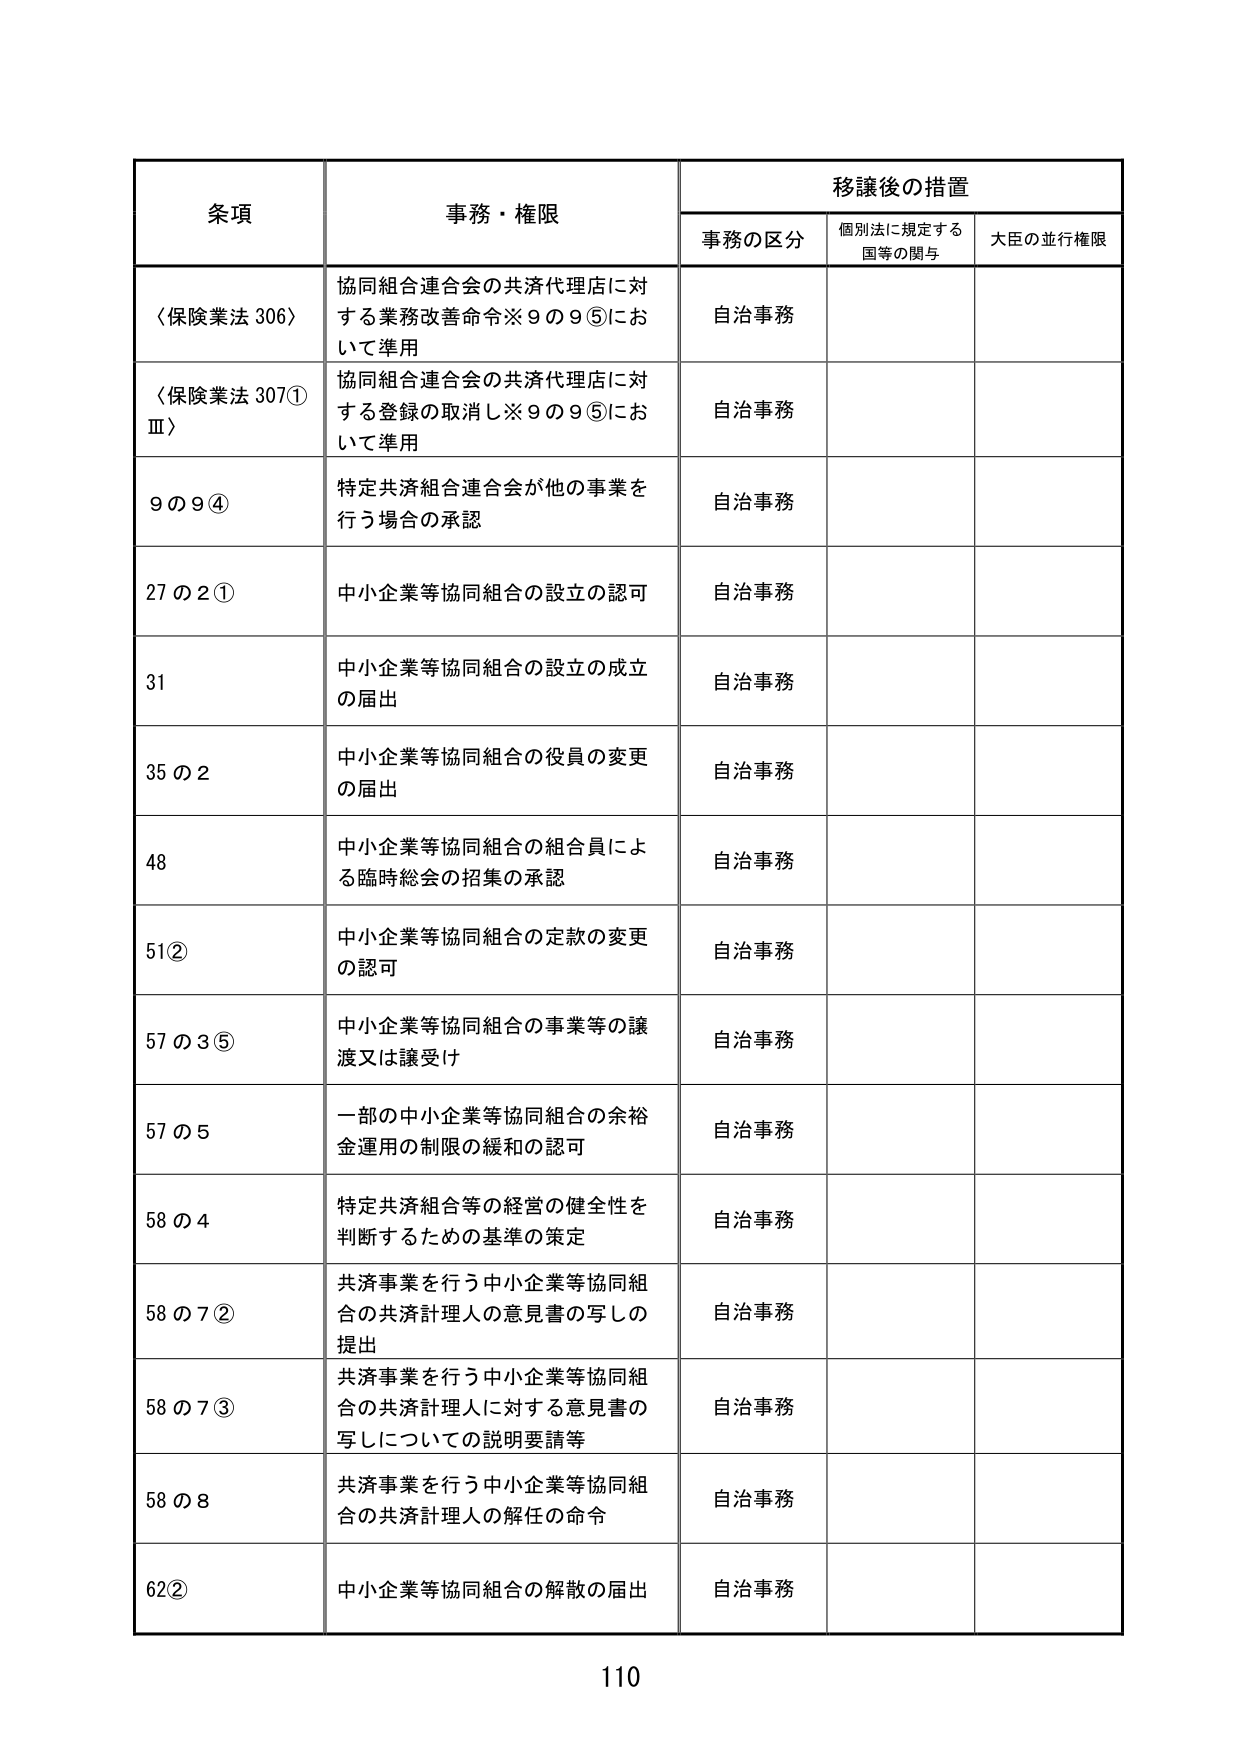
条項 事務・権限 移譲後の措置
事務の区分 個別法に規定する国等の関与 大臣の並行権限
〈保険業法 306〉 協同組合連合会の共済代理店に対する業務改善命令※9の9⑤において準用 自治事務
〈保険業法 307①Ⅲ〉 協同組合連合会の共済代理店に対する登録の取消し※9の9⑤において準用 自治事務
9の9④ 特定共済組合連合会が他の事業を行う場合の承認 自治事務
27の2① 中小企業等協同組合の設立の認可 自治事務
31 中小企業等協同組合の設立の成立の届出 自治事務
35の2 中小企業等協同組合の役員の変更の届出 自治事務
48 中小企業等協同組合の組合員による臨時総会の招集の承認 自治事務
51② 中小企業等協同組合の定款の変更の認可 自治事務
57の3⑤ 中小企業等協同組合の事業等の譲渡又は譲受け 自治事務
57の5 一部の中小企業等協同組合の余裕金運用の制限の緩和の認可 自治事務
58の4 特定共済組合等の経営の健全性を判断するための基準の策定 自治事務
58の7② 共済事業を行う中小企業等協同組合の共済計理人の意見書の写しの提出 自治事務
58の7③ 共済事業を行う中小企業等協同組合の共済計理人に対する意見書の写しについての説明要請等 自治事務
58の8 共済事業を行う中小企業等協同組合の共済計理人の解任の命令 自治事務
62② 中小企業等協同組合の解散の届出 自治事務
110